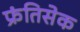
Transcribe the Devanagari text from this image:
फ्रंतिसेक